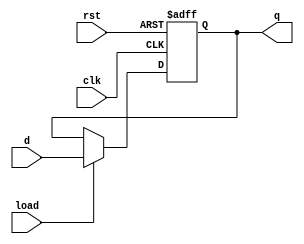
module DFF_1bit
(
    input  rst,
    input  clk,
    input  load,
    input  d,
    output reg q
);	
	 always @ (negedge clk or posedge rst)
	
	 if (rst)
	
		 q <= 0;
		
	 else if(load)
	
	  	 q <= d;

endmodule